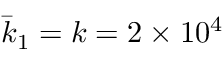
\bar { k } _ { 1 } = k = 2 \times 1 0 ^ { 4 }